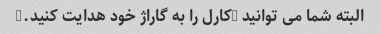
البته شما می توانید (کارل را به گاراژ خود هدایت کنید.)